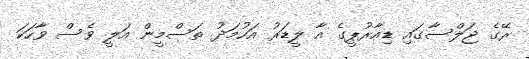
ރޭގެ ޖަލްސާގައި ޑިއާރުޕީގެ އާ ލީޑަރު އަހުމަދު ތަސްމީން އަލީ ވެސް ވާހަކަ